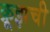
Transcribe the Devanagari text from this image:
क्रूझची